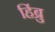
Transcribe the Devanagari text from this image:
हिंब्रु